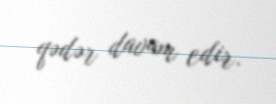
qədər davam edir.